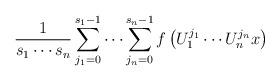
LaTeX: \begin{align*}\frac{1}{s_1\cdots s_{n}}\sum_{j_1=0}^{s_1-1}\cdots\sum_{j_n=0}^{s_n-1}f\left(U_1^{j_1}\cdots U_n^{j_n} x\right)\end{align*}